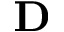
\mathbf { D }